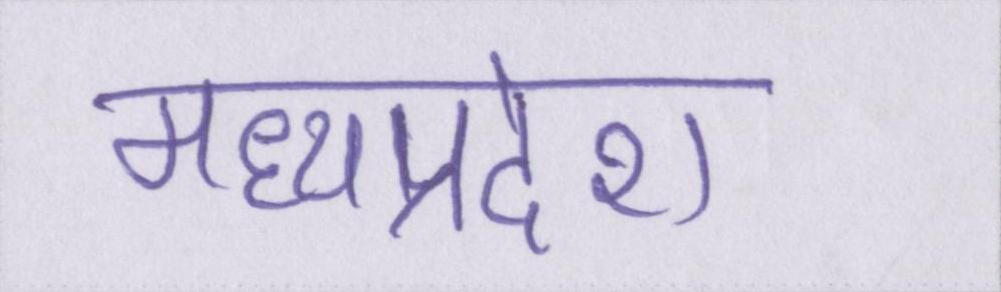
मध्यप्रदेश